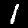
Digit: 1